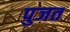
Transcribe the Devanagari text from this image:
पुजत